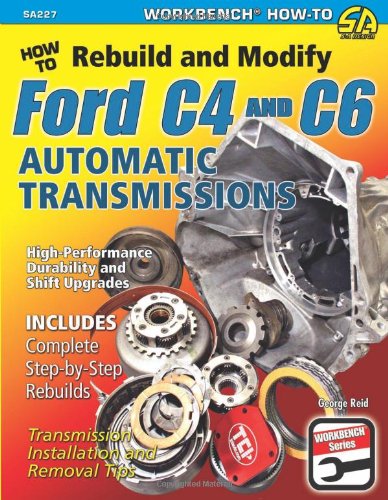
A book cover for How to Rebuild & Modify Ford C4 & C6 Automatic Transmissions (Workbench); George Reid; Engineering & Transportation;